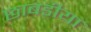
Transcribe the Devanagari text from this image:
छाबडीया